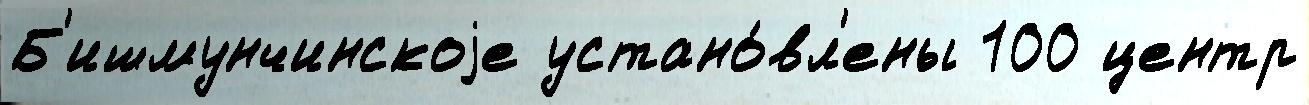
Б'ишмунчинскоjе устано́вл'ены 100 центр